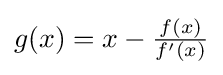
{\textstyle g(x)=x-{\frac {f(x)}{f'(x)}}}